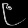
Digit: ၉